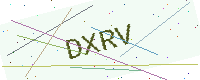
Text: DXRV